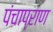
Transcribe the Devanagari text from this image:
पंचाप्राण